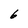
Character: 6